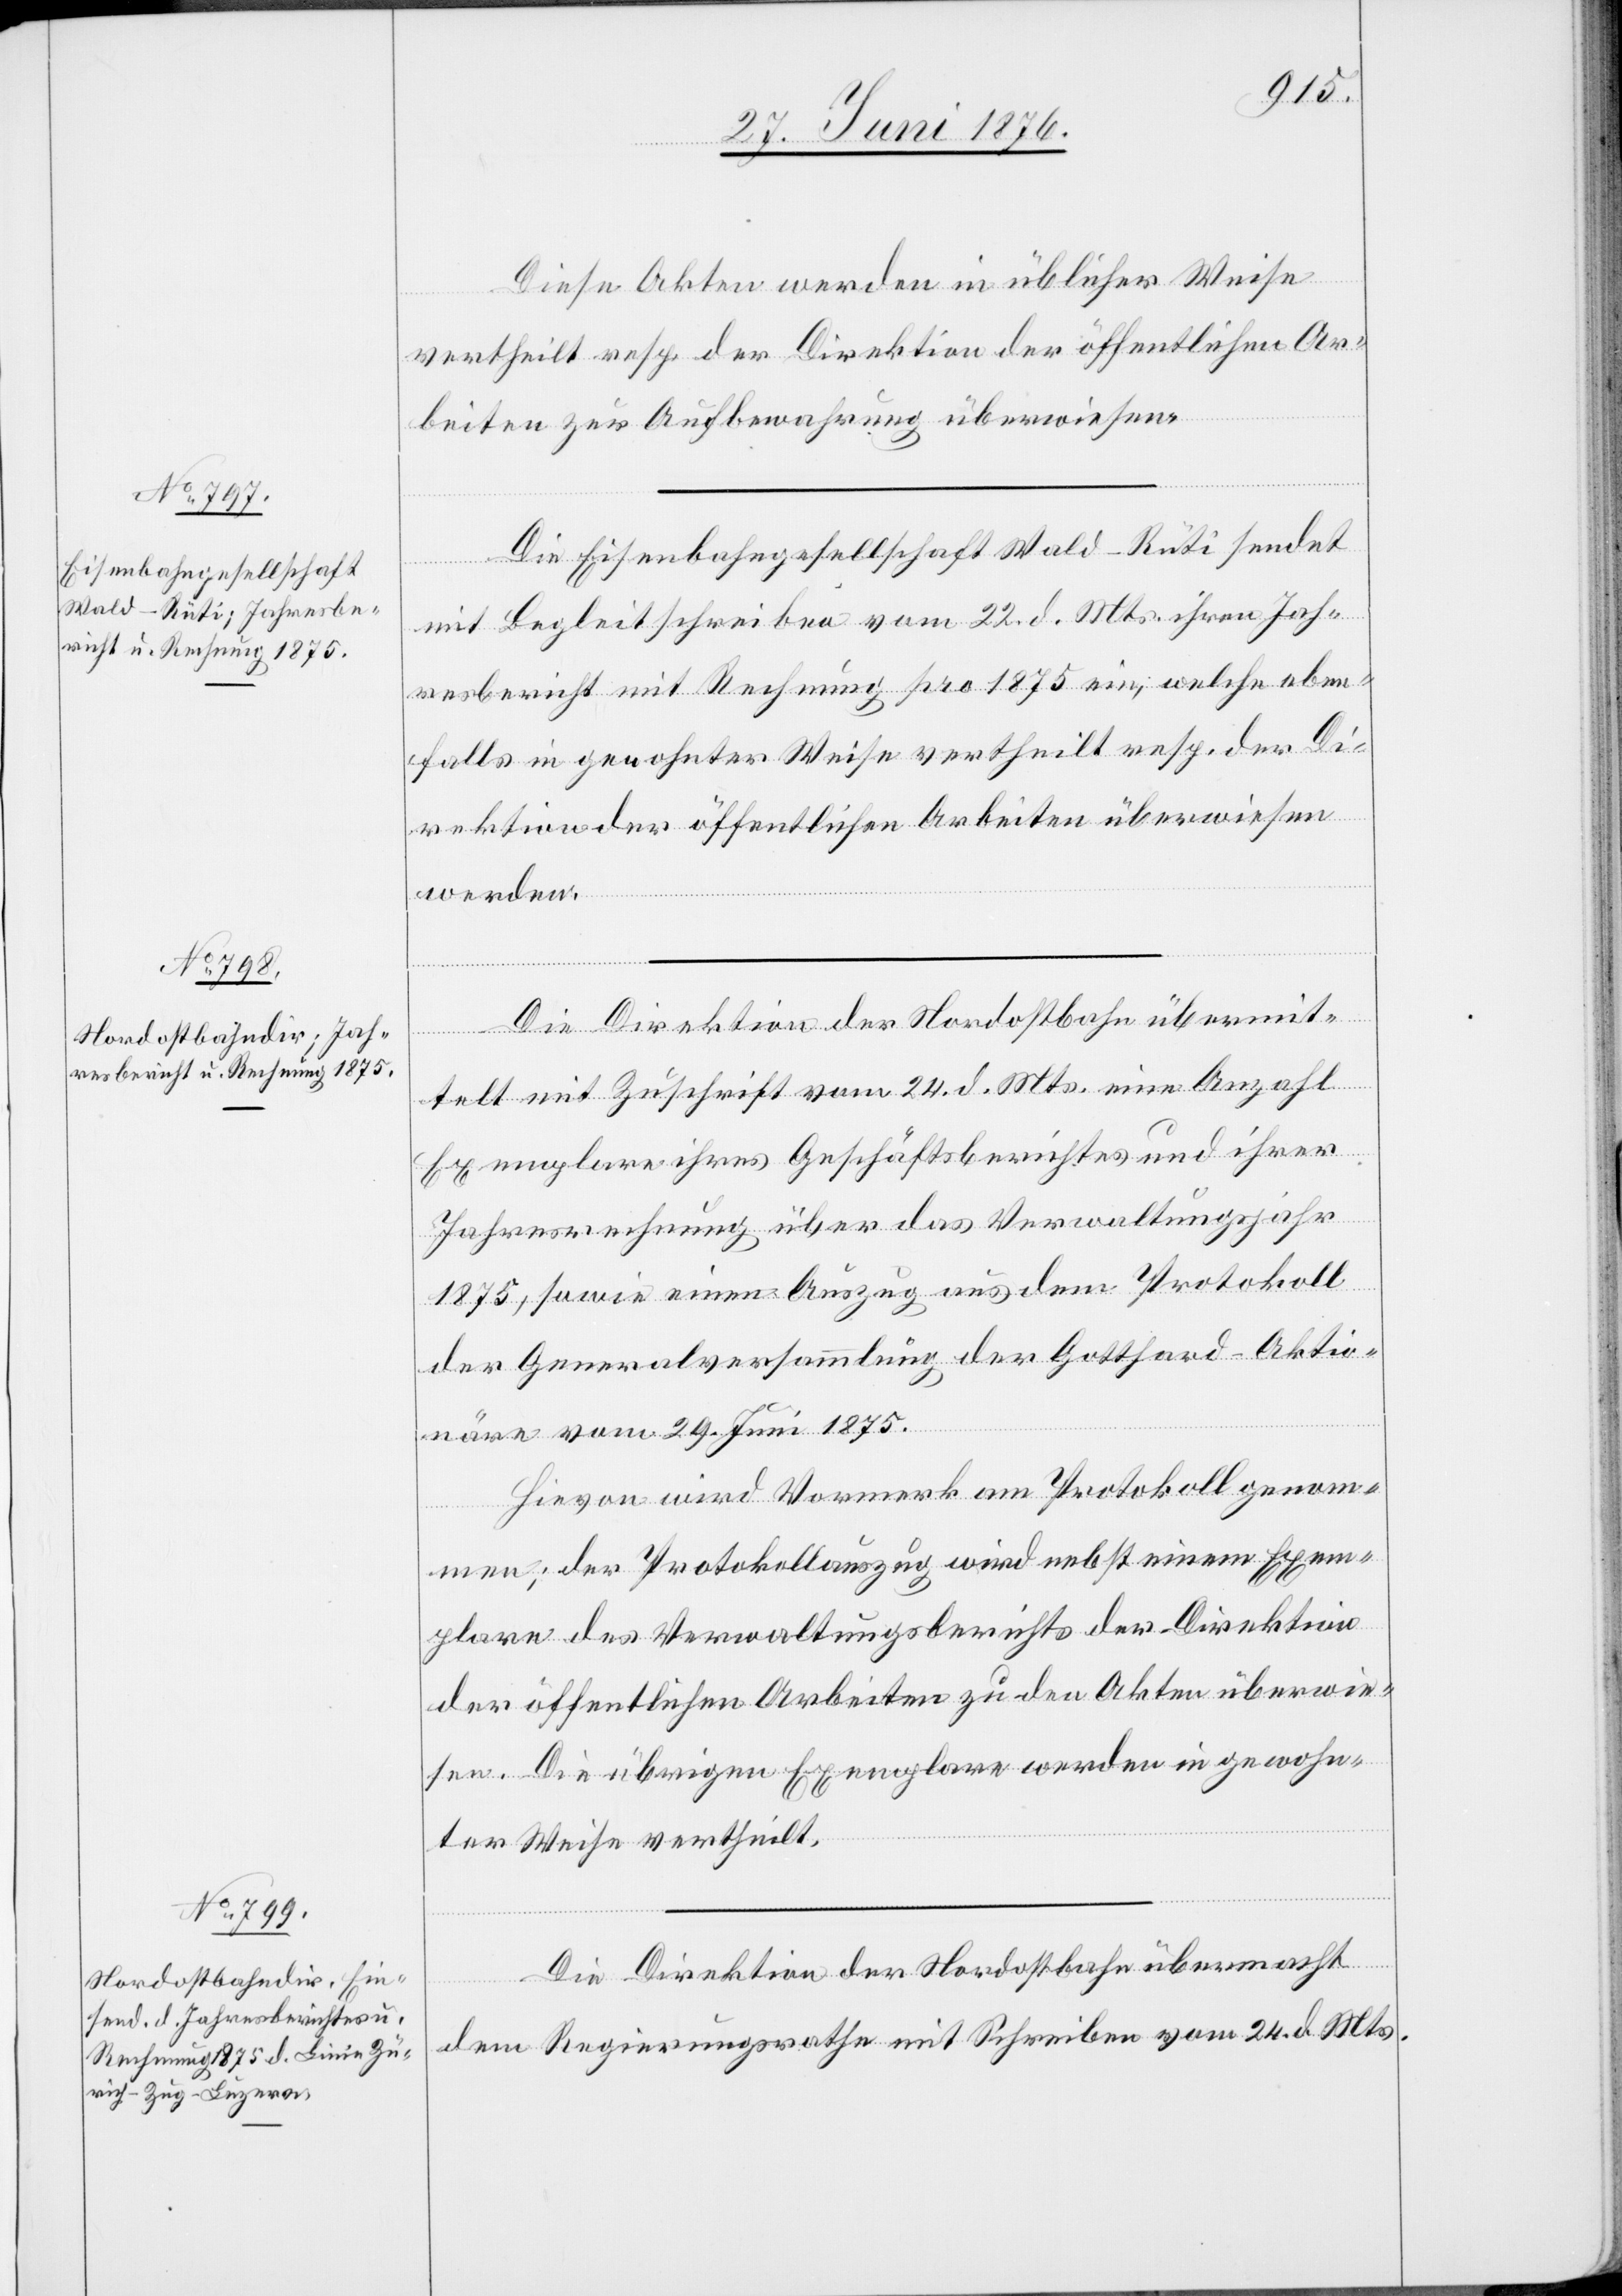
Diese Akten werden in üblicher Weise
vertheilt resp. der Direktion der öffentlichen Ar¬
beiten zur Aufbewahrung überwiesen.
Die Eisenbahngesellschaft Wald–Rüti sendet
mit Begleitschreiben vom 22. d. Mts. ihren Jah¬
resbericht mit Rechnung pro 1875 ein, welche eben¬
falls in gewohnter Weise vertheilt resp. der Di¬
rektion der öffentlichen Arbeiten überwiesen
werden.
Die Direktion der Nordostbahn übermit¬
telt mit Zuschrift vom 24. d. Mts. eine Anzahl
Exemplare ihres Geschäftsberichtes und ihrer
Jahresrechnung über das Verwaltungsjahr
1875, sowie einen Auszug aus dem Protokoll
der Generalversammlung der Gotthard-Aktio¬
näre vom 29. Juni 1875.
Hievon wird Vormerk am Protokoll genom¬
men; der Protokollauszug wird nebst einem Exem¬
plare des Verwaltungsberichts der Direktion
der öffentlichen Arbeiten zu den Akten überwie¬
sen. Die übrigen Exemplare werden in gewohn¬
ter Weise vertheilt.
Die Direktion der Nordostbahn übermacht
dem Regierungsrathe mit Schreiben vom 24. d. Mts.